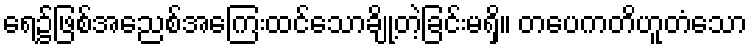
ရေ၌ဖြစ်အေညစ်အကြေးထင်သောချို့တဲ့ခြင်းမရှိ။ တပေကတိဟူတံသော